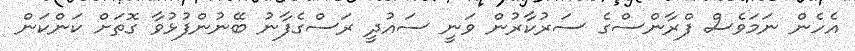
އެހެން ނަމަވެސް ފްރާންސްގެ ސަރުކާރުން ވަނީ ސައުދީ ރަސްގެފާނު ބޭނުންފުޅުވާ ގޮތަށް ކަންކަން